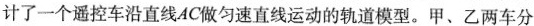
计了一个遥控车沿直线AC做匀速直线运动的轨道模型。甲、乙两车分